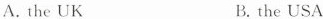
A. the UK B. the USA